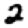
Digit: 2